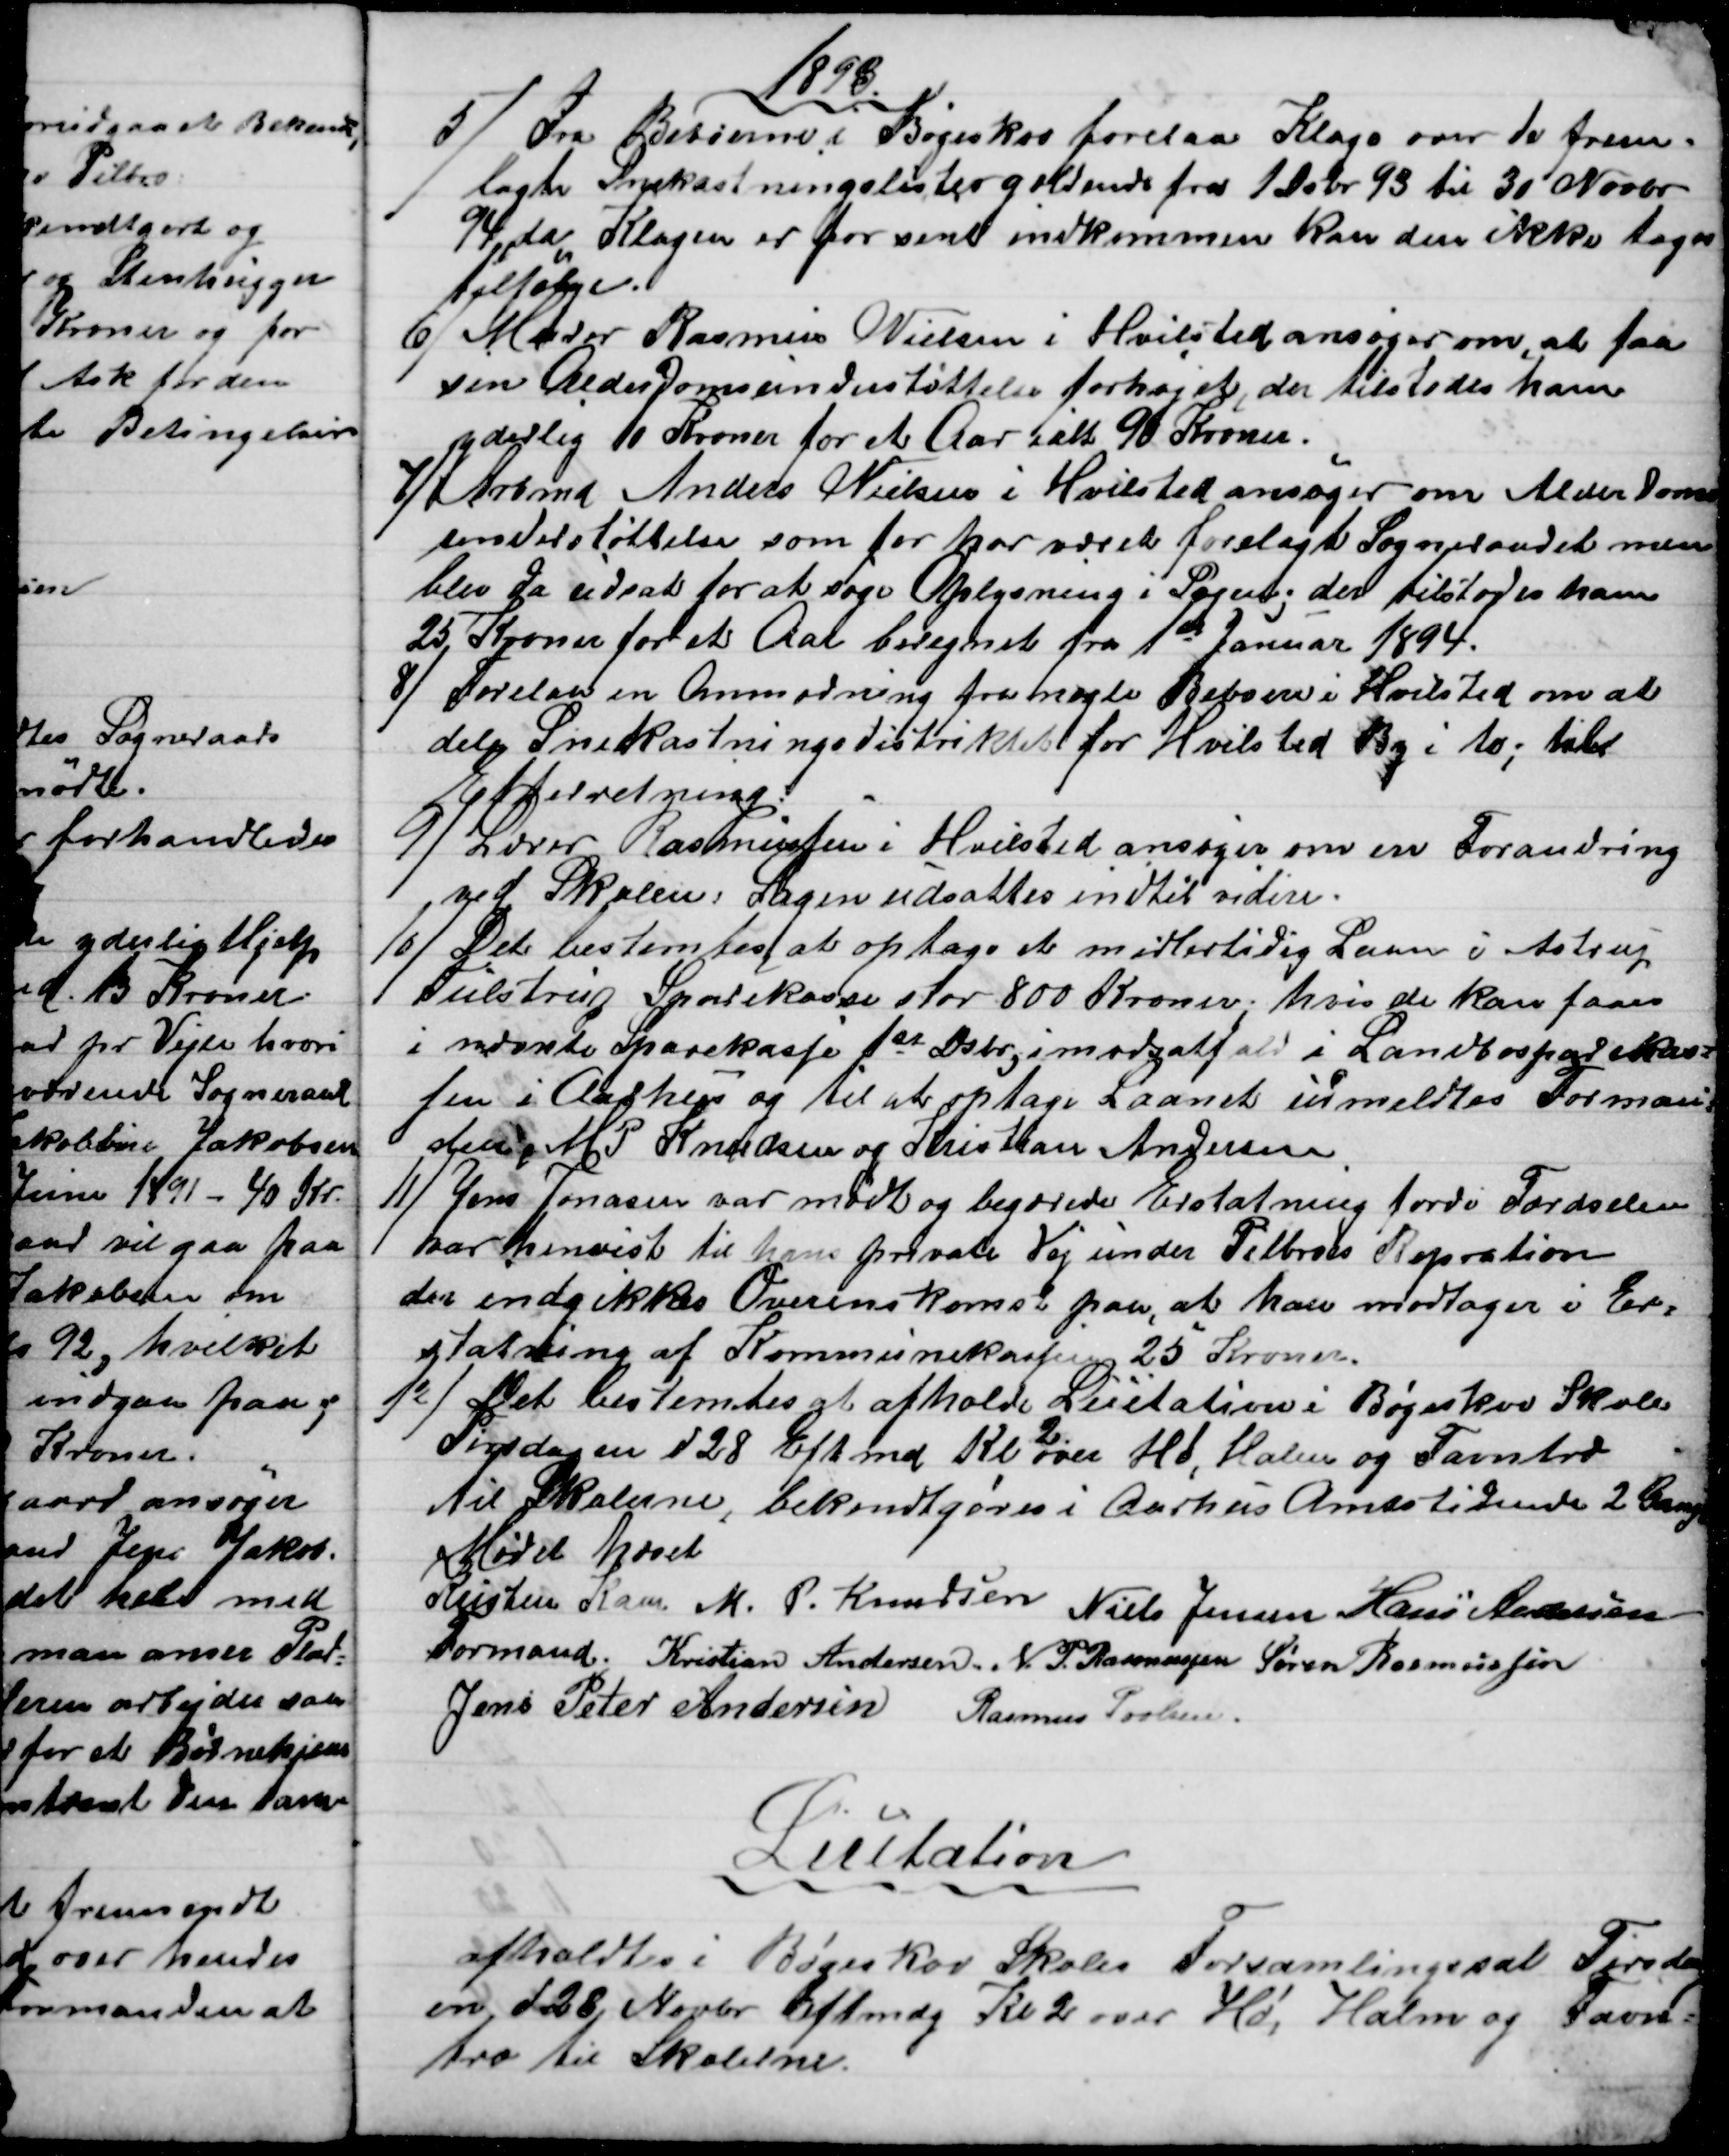
Transskription:
1893.
5) 
Fra Beboerne i Bøgeskov forelaa Klage over de frem-
lagte Snekastningslister gældende fra 1 Debr. 93 til 30 Novbr.
94, da Klagen er for sent indkommen kan den ikke tages
tilfølge.
6)
Murer Rasmus Nielsen i Hvilsted ansøger om, at faa
sin Alderdomsunderstøttelse forhøjet, der tilstodes ham
yderlig 10 Kroner for et Aar ialt 90 Kroner.
7) 
Arbmd Anders Nielsen i Hvilsted ansøger om Alderdoms-
understøttelse som for har været forelagt Sogneraadet men
blev da udsat for at søge Oplysning i Sagen; der tilstodes ham
25 Kroner for et Aar beregnet fra 1ste Januar 1894.
8) 
Forelaa en Anmodning fra nogle Beboere i Hvilsted om at
dele Snekastningsdistriktet for Hvilsted By i to; til
Efterretning.
9) 
Lærer Rasmussen i Hvilsted ansøger om en Forandring
ved Skolen: Sagen udsattes indtil videre.
10) 
Det bestemtes at optage et midlertidig Laan i Astrup
Tulstrup Sparekasse stor 800 Kroner; hvis de kan faaes
i nævnte Sparekasse 1st Dsbr, i modsatfald i Landbosparekas-
sen i Aarhus og til at optage Laanet udmeldtes Forman-
den, M P Knudsen og Kristian Andersen.
11) 
Jens Jonasen var mødt og begærede Erstatning fordi Færdselen
var henvist til hans private Vej under Pilbroes Repration
der indgikkes Overenskomst paa, at han modtager i Er-
statning af Kommunekassen 25 Kroner.
12) 
Det bestemtes at afholde Licitation i Bøgeskov Skole
Tirsdagen d 28 Eftmd Kl.
2.
over Hø, Ham og Favntræ
til Skolerne, bekendtgøres i Aarhus Amtstidende 2 Gange
Mødet hævet
Kristen Kaae 
Formand. 
M. P. Knudsen Niels Jensen Hans Andersen
Kristian Andersen. N. P. Rasmussen Søren Rasmussen
Jens Peter Andersen Rasmus Povlsen.
Licitation
afholdtes i Bøgeskov Skoles Forsamlingssal Tirsdag
en d 28 Novbr Eftmdg Kl 2 over Hø, Halm og Favn=
træ til Skolerne.